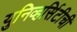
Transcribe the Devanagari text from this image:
युनिव्हर्सिटीची